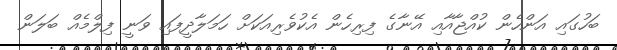
ބަހުގައި އަންހެން ކުއްޖާއާއި އޭނާގެ ފިރިހެން އެކުވެރިއަކަށް ހަމަލާދީފައި ވަނީ ފިލްމެއް ބަލަން